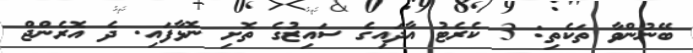
ބޭނުންވާ ތަކެތި: 3 ކެރެޓު އާދައިގެ ސައިޒުގެ ތޮށި ނޮޅާފައި. ދެ އޮރެންޖް